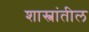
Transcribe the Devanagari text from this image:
शास्त्रांतील